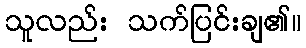
သူလည်း သက်ပြင်းချ၏။